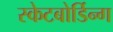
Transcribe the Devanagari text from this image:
स्केटबोर्डिन्ग